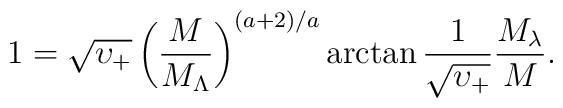
1=\sqrt{\upsilon_+} \left( \frac{M}{M_\Lambda} \right)^{(a+2)/a}\arctan \frac{1}{\sqrt{\upsilon_+}} \frac{M_\lambda}{M}.